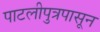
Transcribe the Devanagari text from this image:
पाटलीपुत्रपासून